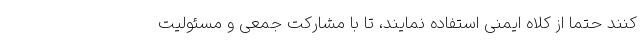
کنند حتما از کلاه ایمنی استفاده نمایند، تا با مشارکت جمعی و مسئولیت